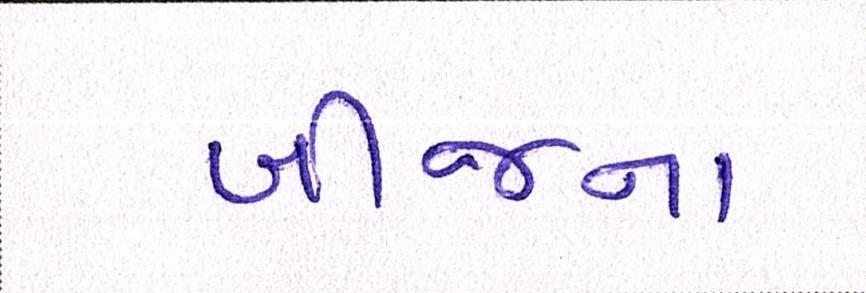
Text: બીજના